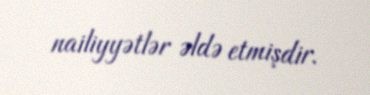
nailiyyətlər əldə etmişdir.